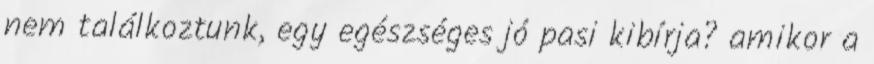
nem találkoztunk, egy egészséges jó pasi kibírja? amikor a